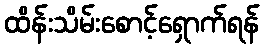
ထိန်းသိမ်းစောင့်ရှောက်ရန်